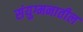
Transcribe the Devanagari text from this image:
संयुग्मनातील